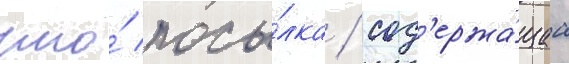
что́ посы́лка / сод'ержа́щаа